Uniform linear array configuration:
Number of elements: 8
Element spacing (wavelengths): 0.5
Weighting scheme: binomial
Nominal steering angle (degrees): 0
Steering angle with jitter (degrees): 1.697
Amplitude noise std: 0.05
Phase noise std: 0.05

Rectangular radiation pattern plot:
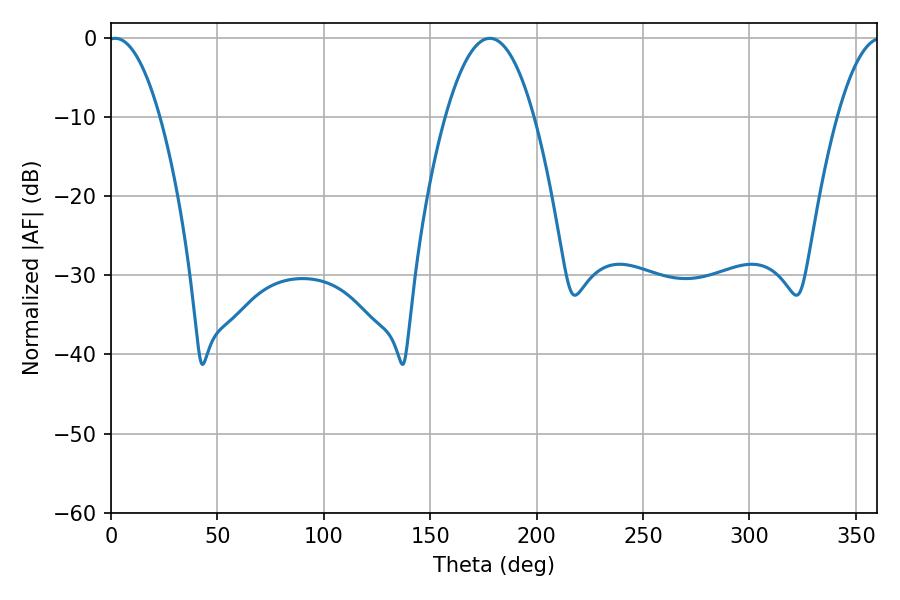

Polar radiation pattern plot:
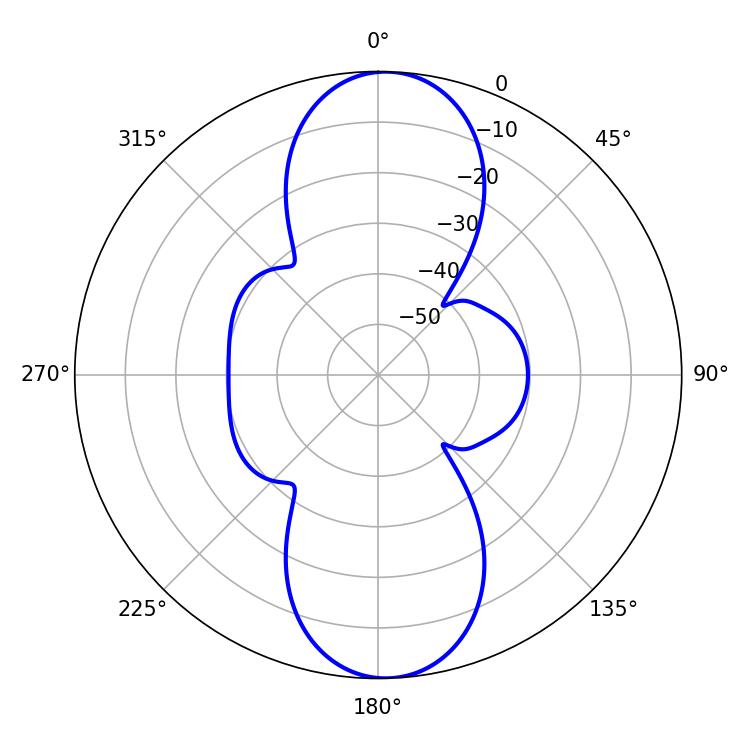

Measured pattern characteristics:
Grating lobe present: FALSE
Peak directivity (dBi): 18.362
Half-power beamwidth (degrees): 13.5
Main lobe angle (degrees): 1.98